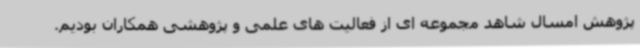
پژوهش امسال شاهد مجموعه ای از فعالیت های علمی و پژوهشی همکاران بودیم.